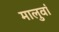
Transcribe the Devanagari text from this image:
मालुवां